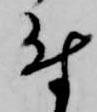
付